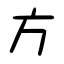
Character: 方